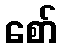
စော်